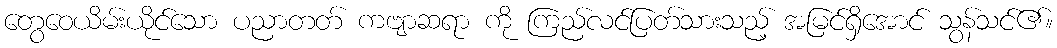
တွေဝေယိမ်းယိုင်သော ပညာတတ် ကဗျာဆရာ ကို ကြည်လင်ပြတ်သားသည့် အမြင်ရှိအောင် သွန်သင်၏။